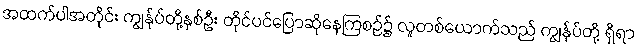
အထက်ပါအတိုင်း ကျွန်ုပ်တို့နှစ်ဦး တိုင်ပင်ပြောဆိုနေကြစဉ်၌ လူတစ်ယောက်သည် ကျွန်ုပ်တို့ ရှိရာ